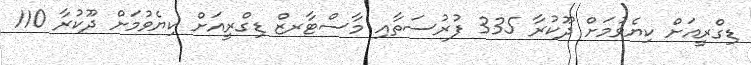
ޑިގްރީއަށް ކިޔެވުމަށް ދޫކުރާ 335 ފުރުސަތާއި މާސްޓާރޒް ޑިގްރީއަށް ކިޔެވުމަށް ދޫކުރާ 110